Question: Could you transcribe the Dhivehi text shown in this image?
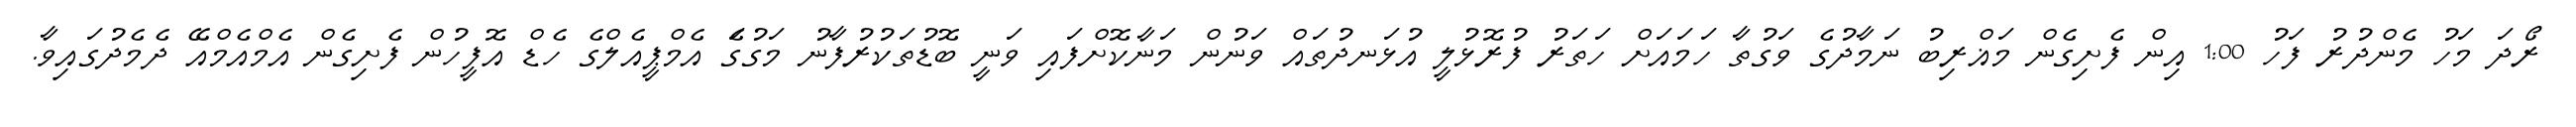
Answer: ރޯދަ މަހު މެންދުރު ފަހު 1:00 އިން ފެށިގެން މަޣްރިބު ނަމާދުގެ ވަގުތާ ހަމައަށް ހަތަރު ފުރޮޅުލީ އުޅަނދުތައް ވަނުން މަނާކޮށްފައި ވަނީ ބޮޑުތަކުރުފާނު މަގުގަެ އެމްޕީއެލްގެ ހެޑް އޮފީހުން ފެށިގެން އެމްއެމްއޭ ދެމެދުގައިވާ.